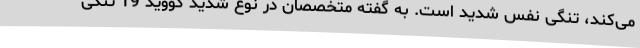
می‌کند، تنگی نفس شدید است. به گفته متخصصان در نوع شدید کووید 19 تنگی